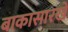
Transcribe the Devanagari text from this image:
बाकासारखे